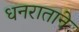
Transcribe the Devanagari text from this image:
धनराताने